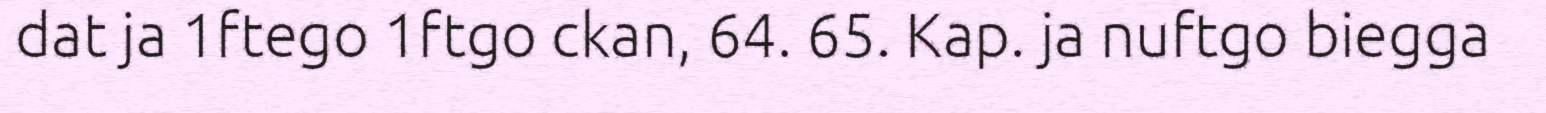
dat ja 1ftego 1ftgo ckan, 64. 65. Kap. ja nuftgo biegga